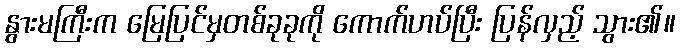
နွားမကြီးက မြေပြင်မှတစ်ခုခုကို ကောက်ဟပ်ပြီး ပြန်လှည့် သွား၏။